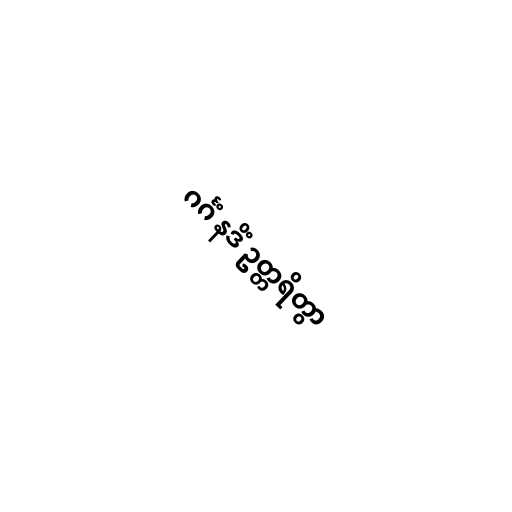
ဂင်္ဂံ နဒိံ ဥတ္တရိတွာ